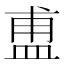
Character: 盙